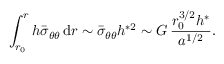
\int _ { r _ { 0 } } ^ { r } h \bar { \sigma } _ { \theta \theta } \, \mathrm { d } r \sim \bar { \sigma } _ { \theta \theta } h ^ { * 2 } \sim G \, \frac { r _ { 0 } ^ { 3 / 2 } h ^ { * } } { a ^ { 1 / 2 } } .